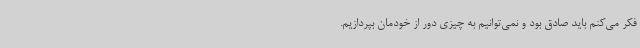
فکر می‌کنم باید صادق بود و نمی‌توانیم به چیزی دور از خودمان بپردازیم.